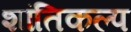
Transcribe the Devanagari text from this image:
शांतिकल्प